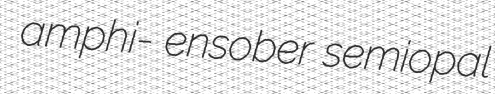
amphi- ensober semiopal